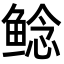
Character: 鲶